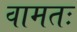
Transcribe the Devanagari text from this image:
वामतः